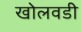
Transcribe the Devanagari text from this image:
खोलवडी